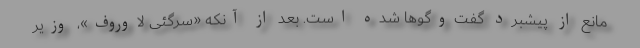
مانع از پیشبرد گفت‌وگوها شده است. بعد از آنکه «سرگئی لاوروف»، وزیر